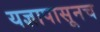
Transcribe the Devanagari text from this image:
यज्ञापासूनच